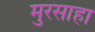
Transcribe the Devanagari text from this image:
मुरसाहा